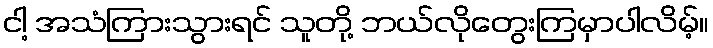
ငါ့ အသံကြားသွားရင် သူတို့ ဘယ်လိုတွေးကြမှာပါလိမ့်။